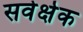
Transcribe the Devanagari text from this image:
सवेर्क्षक